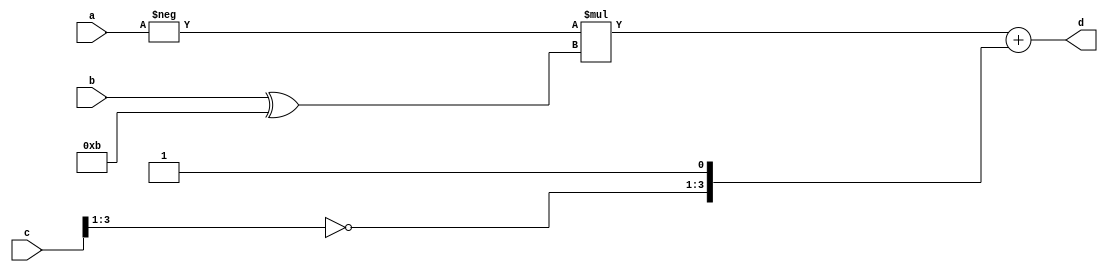
module top_word(a, b, c, d);
input signed [3:0] a, b, c;
output signed [3:0] d;

wire signed [3:0] np3_a = -a;
wire signed [3:0] np3_b = b ^ 4'b1011;
wire signed [3:0] np3_c = {~c[3:1], 1'b1};

assign d = np3_a * np3_b + np3_c;

endmodule